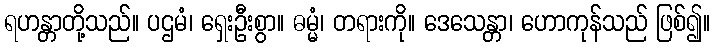
ရဟန္တာတို့သည်။ ပဌမံ၊ ရှေးဦးစွာ။ ဓမ္မံ၊ တရားကို။ ဒေသေန္တာ၊ ဟောကုန်သည် ဖြစ်၍။